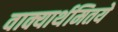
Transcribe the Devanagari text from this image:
वाक्यार्थमितये